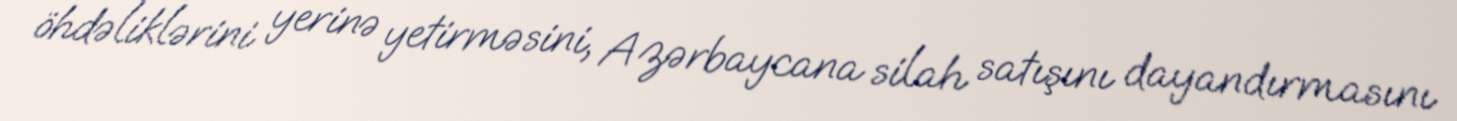
öhdəliklərini yerinə yetirməsini, Azərbaycana silah satışını dayandırmasını